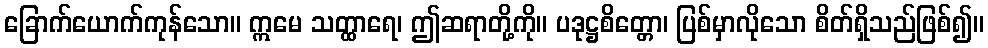
ခြောက်ယောက်ကုန်သော။ ဣမေ သတ္ထာရေ၊ ဤဆရာတို့ကို။ ပဒုဋ္ဌစိတ္တော၊ ပြစ်မှာလိုသော စိတ်ရှိသည်ဖြစ်၍။